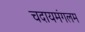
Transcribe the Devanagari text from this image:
चदायमंगलम